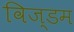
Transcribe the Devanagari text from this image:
विज्डम